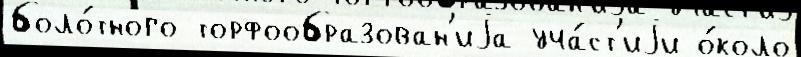
боло́тного торфообразован'иjа уча́ст'иjи о́коло